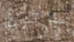
ساتون